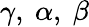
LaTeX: \gamma,~\alpha,~\beta